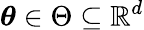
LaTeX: \boldsymbol{\theta}\in\Theta\subseteq\mathbb{R}^{d}